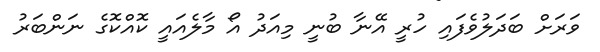
ވަރަށް ބަދަލުވެފައި ހުރީ އޭނާ ބުނީ މިއަދު އޯ މާލެއައީ ކޮއްކޮގެ ނަންބަރު